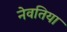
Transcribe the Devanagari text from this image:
नेवतिया